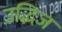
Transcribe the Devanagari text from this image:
उद्भिज